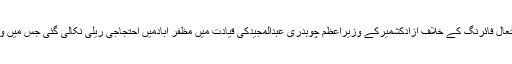
دوسری طرف کنٹرول لائن اور ورکنگ باؤنڈری پربھارتی فوج کی بلااشتعال فائرنگ کے خلاف آزادکشمیرکے وزیراعظم چوہدری عبدالمجیدکی قیادت میں مظفر آبادمیں احتجاجی ریلی نکالی گئی جس میں وزیراعظم، اپوزیشن لیڈر، اسپیکر، وزرااور ممبران اسمبلی نے شرکت کی۔